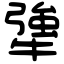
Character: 犟